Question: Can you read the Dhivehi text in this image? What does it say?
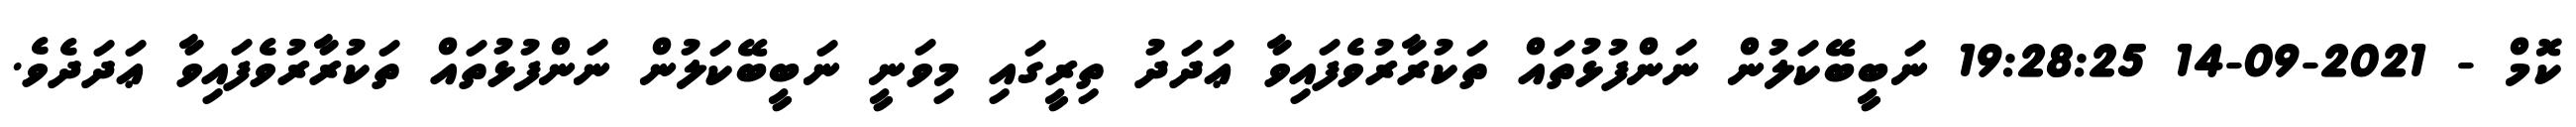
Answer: ކޮމް - 2021-09-14 19:28:25 ނަބީބޭކަލުން ނަންފުޅުތައް ތަކުރާރުވެފައިވާ ޢަދަދު ތިރީގައި މިވަނީ ނަބީބޭކަލުން ނަންފުޅުތައް ތަކުރާރުވެފައިވާ ޢަދަދެވެ.